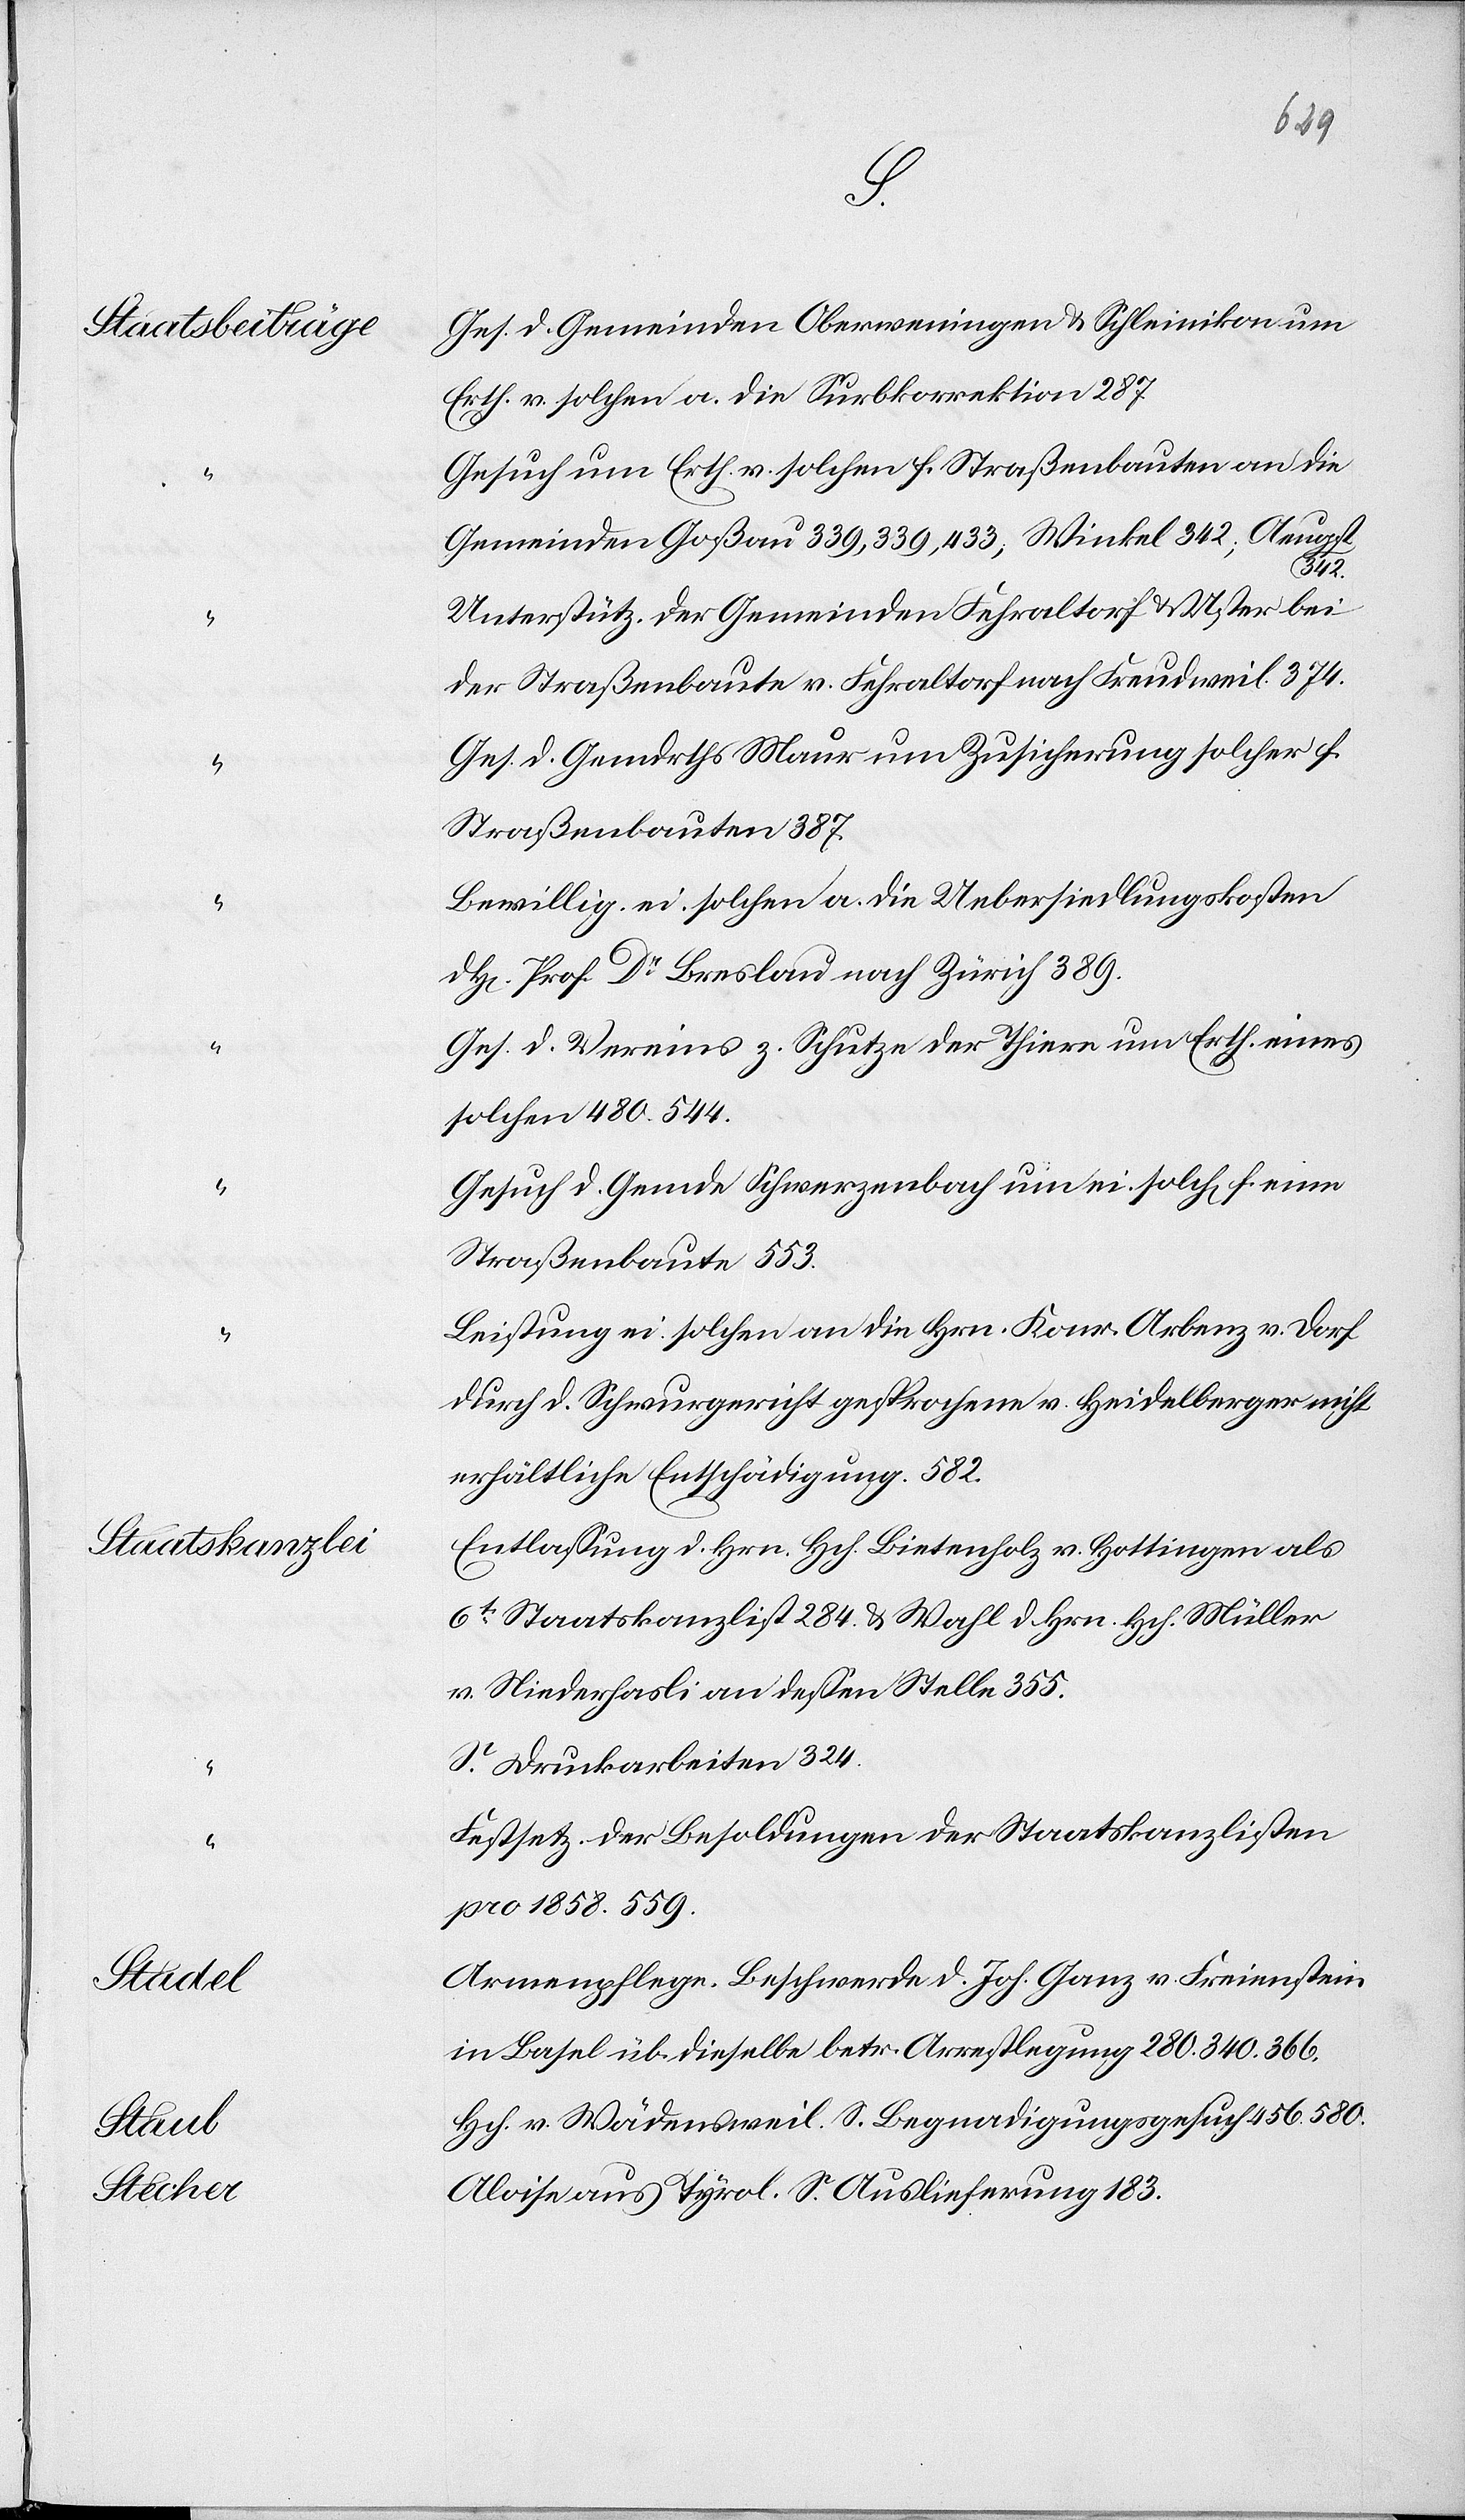
Staate zur Last,
habe, als
Kaserne,
echnet

ist)
26
ger¬